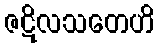
ဇဋိလသတေဟိ